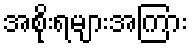
အစိုးရများအကြား